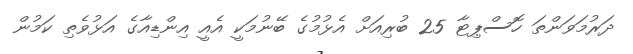
ދަރުމަވަންތަ ހޮސްޕިޓާ 25 ބުރިއަށް އެޅުމުގެ ބޭނުމަކީ އެއީ އިންޑިއާގެ އަޅުވެތި ކަމުން